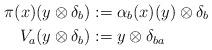
LaTeX: \begin{align*}\pi(x)(y \otimes \delta_{b})&:=\alpha_{b}(x)(y)\otimes \delta_{b} \\V_{a}(y \otimes \delta_{b})&:=y \otimes \delta_{ba}\end{align*}